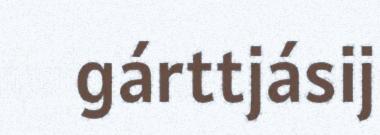
gárttjásij